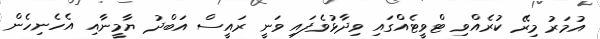
އުމަރު މިރޭ ކުރެއްވި ޓްވީޓެއްގައި ވިދާޅުވެފައި ވަނީ ރައީސް އަބްދު ޔާމީނާއި އެހެނިހެން